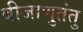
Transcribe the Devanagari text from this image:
बीजाणुतंतु